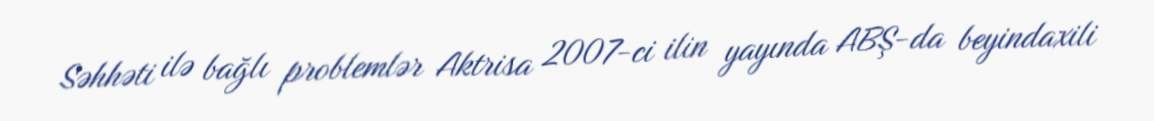
Səhhəti ilə bağlı problemlər Aktrisa 2007-ci ilin yayında ABŞ-da beyindaxili